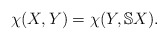
\begin{align*} \chi(X,Y)=\chi(Y,\mathbb{S}X).\end{align*}